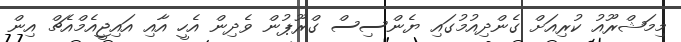
މިމަޝްރޫއު ކުރިއަށް ގެންދިއުމުގައި ޔެންސިސް ގްރޫޕުން ވެދިން އެހީ އާއި އައިޖީއެމްއެޗް އިން